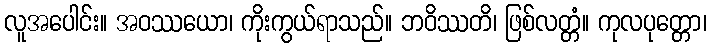
လူအပေါင်း။ အဝဿယော၊ ကိုးကွယ်ရာသည်။ ဘဝိဿတိ၊ ဖြစ်လတ္တံ။ ကုလပုတ္တော၊